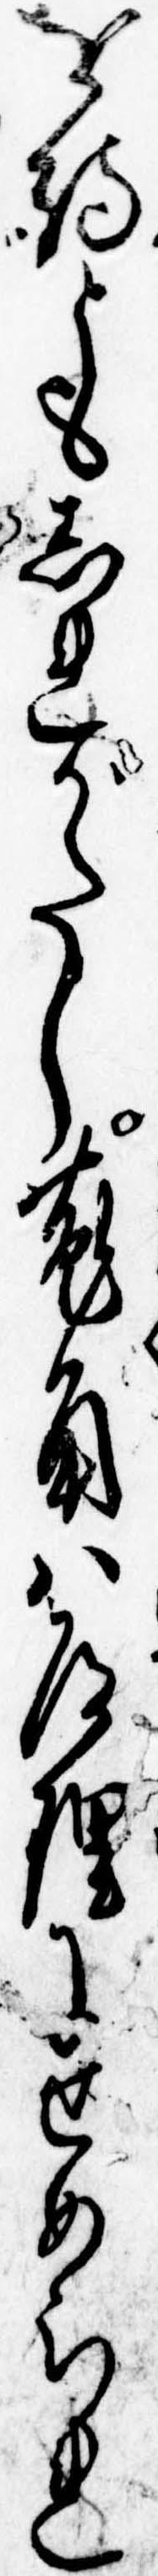
を待ともしれがたし菟角は道理にせめられ